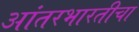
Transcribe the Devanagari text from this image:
आंतरभारतीचा